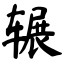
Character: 辗